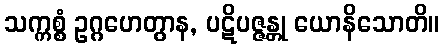
သက္ကစ္စံ ဥဂ္ဂဟေတွာန, ပဋိပဇ္ဇန္တု ယောနိသောတိ။